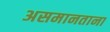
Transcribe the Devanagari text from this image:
असमानताना